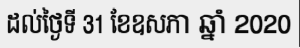
ដល់ថ្ងៃទី 31 ខែឧសភា ឆ្នាំ 2020